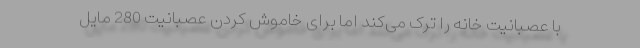
با عصبانیت خانه را ترک می‌کند اما برای خاموش کردن عصبانیت 280 مایل